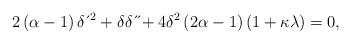
LaTeX: \begin{align*}2\left( \alpha-1\right) \delta \,\acute{}\,^{2}+\delta \delta \,\acute{}\,\acute{}+4\delta^{2}\left( 2\alpha-1\right) \left( 1+\kappa \lambda \right) =0,\end{align*}